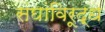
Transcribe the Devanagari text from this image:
संघांविरूद्ध